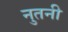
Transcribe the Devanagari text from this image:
नुतनी